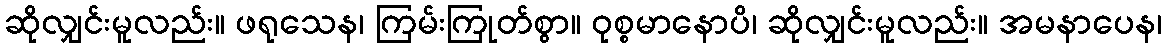
ဆိုလျှင်းမူလည်း။ ဖရုသေန၊ ကြမ်းကြုတ်စွာ။ ဝုစ္စမာနောပိ၊ ဆိုလျှင်းမူလည်း။ အမနာပေန၊